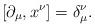
LaTeX: \begin{align*}[\partial_\mu,x^\nu]=\delta_\mu^\nu. \end{align*}